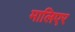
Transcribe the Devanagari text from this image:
मालिएर